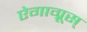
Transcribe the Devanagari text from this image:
ऐगाग्रूस्